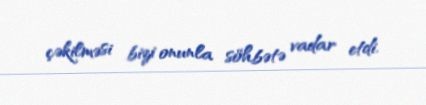
çəkilməsi bizi onunla söhbətə vadar etdi.